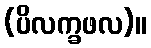
(ပိလက္ခဖလ)။